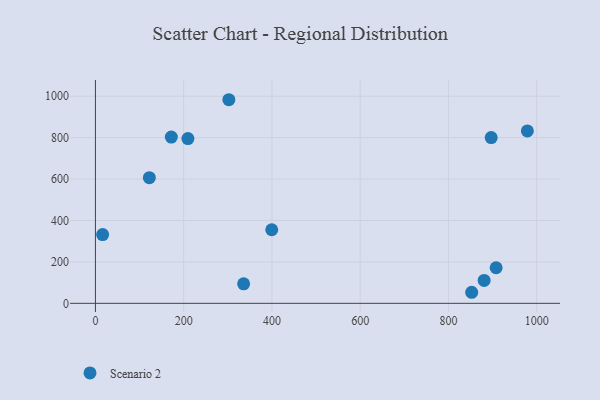
{"axis": {"x": "Investment", "y": "Sales"}, "legend": ["Scenario 2"], "data": [{"x": "852.8", "y": 53.4, "type": "Scenario 2"}, {"x": "335.9", "y": 94.2, "type": "Scenario 2"}, {"x": "881.0", "y": 110.8, "type": "Scenario 2"}, {"x": "122.2", "y": 606.7, "type": "Scenario 2"}, {"x": "399.6", "y": 355.3, "type": "Scenario 2"}, {"x": "16.3", "y": 331.8, "type": "Scenario 2"}, {"x": "979.0", "y": 832.6, "type": "Scenario 2"}, {"x": "908.2", "y": 171.8, "type": "Scenario 2"}, {"x": "897.0", "y": 800.2, "type": "Scenario 2"}, {"x": "209.6", "y": 795.4, "type": "Scenario 2"}, {"x": "302.4", "y": 983.1, "type": "Scenario 2"}, {"x": "172.0", "y": 802.7, "type": "Scenario 2"}]}